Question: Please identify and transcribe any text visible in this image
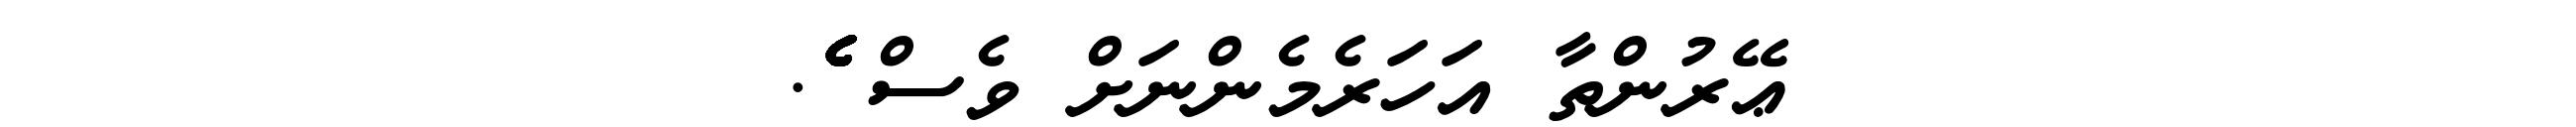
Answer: ޢޭރުންތާ އަހަރެމެންނަށް ވެސް ެެެެެެެެެެެެެެެެެެެެެެެެެެެެެެެެެެެެެެެެެެެެެެެެެެެެެެެެެެެެެެެެެެެެެެެެ.